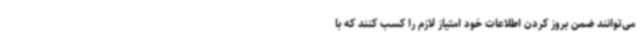
می‌توانند ضمن بروز کردن اطلاعات خود امتیاز لازم را کسب کنند که با